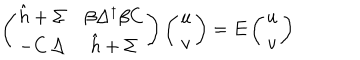
\left( \begin{array} { c c } { { \hat { h } + \Sigma } } & { { \beta \Delta ^ { \dagger } \beta C } } \\ { { - C \, \Delta } } & { { \hat { h } + \Sigma } } \\ \end{array} \right) \left( \begin{array} { c } { { u } } \\ { { v } } \\ \end{array} \right) = E \left( \begin{array} { c } { { u } } \\ { { v } } \\ \end{array} \right)